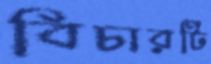
বিচারটি